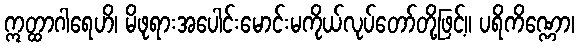
ဣတ္ထာဂါရေဟိ၊ မိဖုရားအပေါင်းမောင်းမကိုယ်လုပ်တော်တို့ဖြင့်။ ပရိကိဏ္ဏော၊